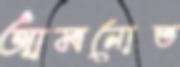
আমনোত